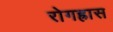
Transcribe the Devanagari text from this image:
रोगह्रास